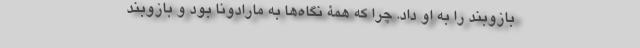
بازوبند را به او داد. چرا که همۀ نگاه‌ها به مارادونا بود و بازوبند